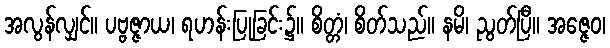
အလွန်လျှင်။ ပဗ္ဗဇ္ဇာယ၊ ရဟန်းပြုခြင်း၌။ စိတ္တံ၊ စိတ်သည်။ နမိ၊ ညွတ်ပြီ။ အဇ္ဇေဝ၊